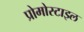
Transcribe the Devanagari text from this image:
प्रोमोस्टाइल